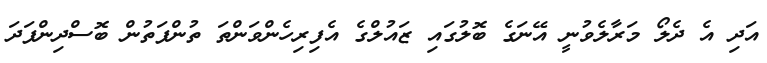
އަދި އެ ދެލޯ މަރާލެވުނީ އޭނަގެ ބޮލުގައި ޒައުލްގެ އެފިރިހެންވަންތަ ތުންފަތުން ބޮސްދިންފަދަ